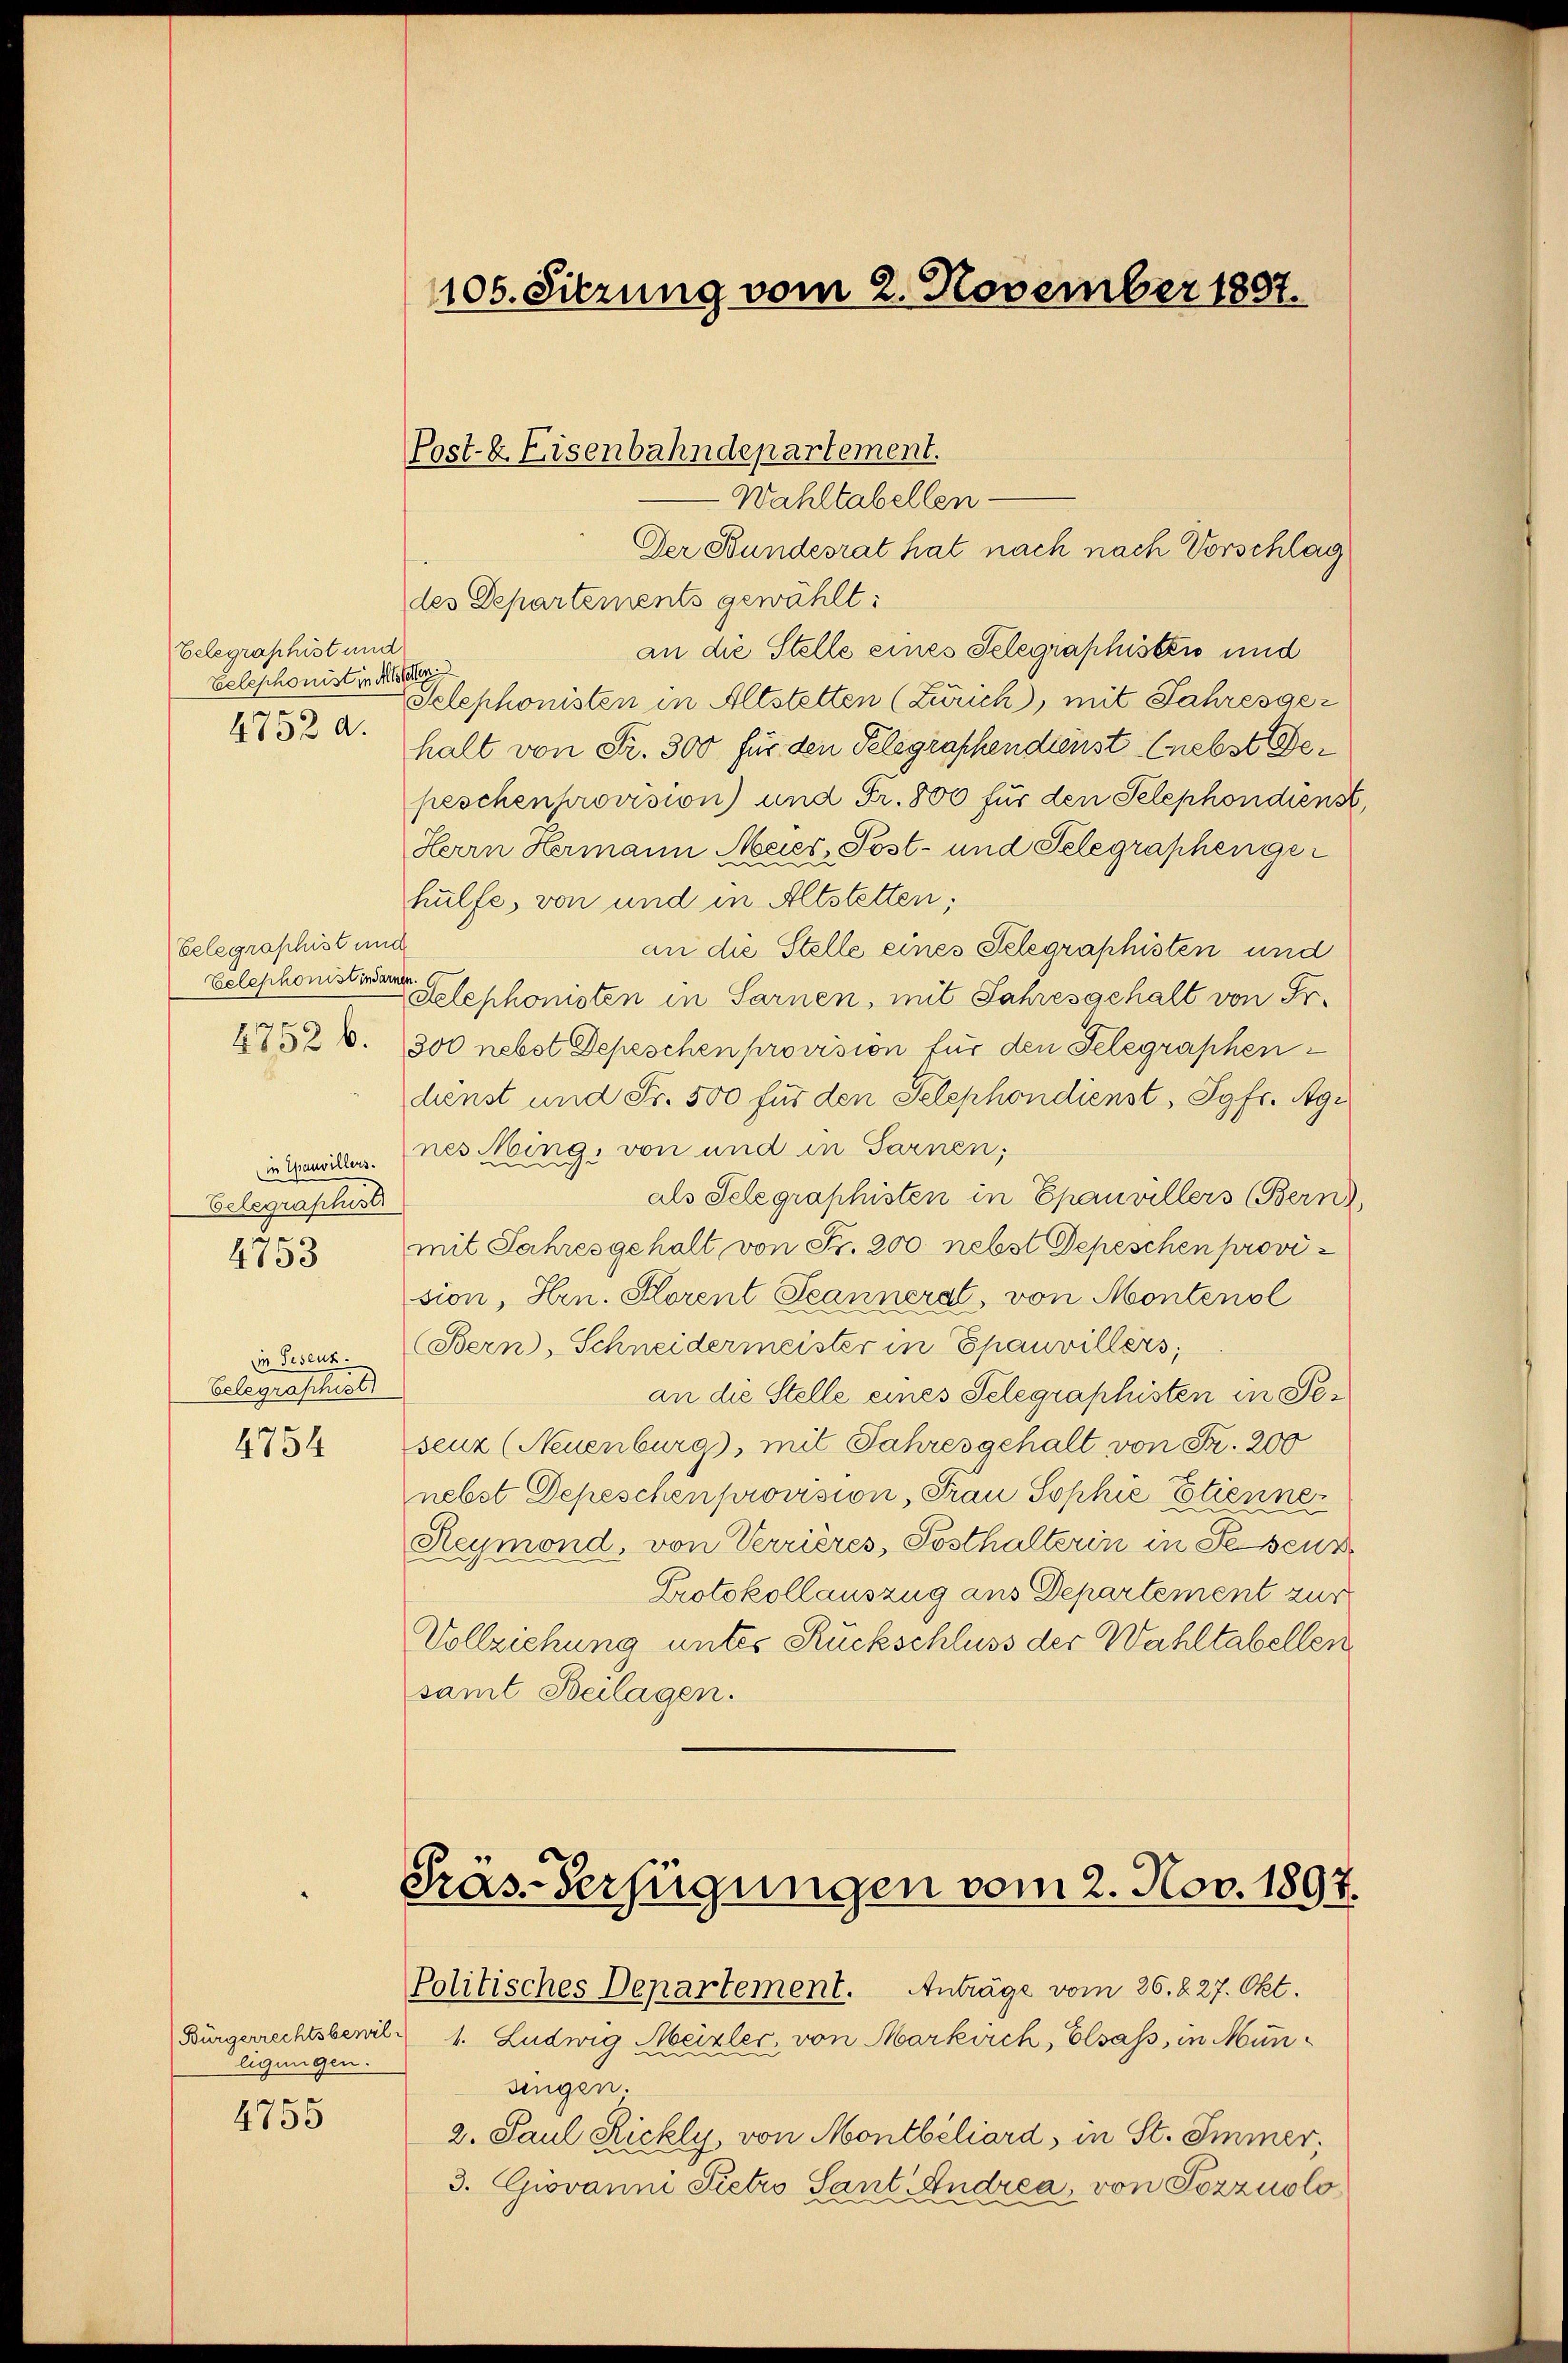
Telegraphist und
Eelephonist in Alter
4752 a.

(Telegraphist und
Zelephonistinsarnen
4752 b.

in Chauvillers.
Belegraschust
de
4133

in Geseuz.
Belegraschises
4754

ligungen.
e
4100

105. Sitzung vom 2. November 1807.

Post-E. Eisenbahndepartement.
Wahltabellen-

Der Bundesrat hat nach nach Vorschlag
des Departements gewählt:
an die Stelle eines Selegraphisters und
Selephonisten in Altstetten (Zürich, mit Jahresgehalt von Fr. 300 für den Pelegraphendienst (nebst Dei
peschenprovision) und Fr. 800 für den Telephondienst,
Herrn Hermann Meier, Post- und Selegraphengehülfe, von und in Altstetten;
an die Stelle eines Telegraphisten und
elephonisten in Sarnen, mit Jahresgehalt von Fr.
300 nebst Depeschen provision für den Telegraphen
dienst und Fr. 500 für den Telephondienst, Jgfr. Agi
nes Ming, von und in Sarnen;
als Selegraphisten in Epauvillers (Bern,
mit Jahresgehalt von Fr. 200 nebst Depeschen provision, Hrn. Korent Seanneral, von Montenol
Bern, Schneidermeister in Epauvillers,
an die Stelle eines Selegraphisten in Pesenz (Neuenburg, mit Jahresgehalt von Fr. 200
nebst Depeschen provision, Frau Sophie Etienne
Reymond, von Verrières, Posthalterin in Seseur
Protokollauszug aus Departement zur
Vollziehung unter Rückschluss der Wahltabellen
samt Beilagen.

Bürgerrechtsberil 1. Ludwig Meizler, von Markirch, Elsass, in Münsingen.
2. Paul Rickly, von Montbéliard, in St. Immer,
3. Giovanni Pietro Sant Andrea, von Pozzuolo¬

Präs-Verfügungen vom 2. Nov. 1897.
Politisches Departement. Anträge vom 26. 227. Okt.